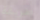
طريقة